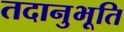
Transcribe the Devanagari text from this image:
तदानुभूति